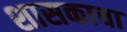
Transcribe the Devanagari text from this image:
शासकाचा